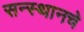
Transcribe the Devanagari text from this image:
सन्स्थानचे